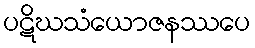
ပဋိဃသံယောဇနဿပေ